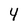
Character: 4